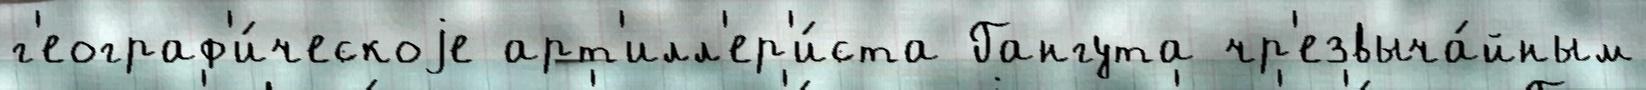
г'еограф'и́ческоjе арт'илл'ер'и́ста Гангута чр'езвыча́йным